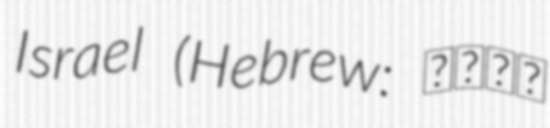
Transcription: Israel (Hebrew: מלכת